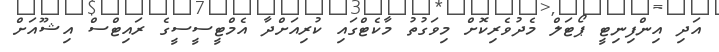
އަދި އިންފިނިޓީ ޕޯޓަލް މެދުވެރިކޮށް މިވަގުތު މާކެޓްގައި ކުރިއަށްދާ އެމްޓީސީސީގެ ރައިޓްސް އިޝޫއަށް